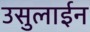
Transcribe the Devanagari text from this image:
उसुलाईन